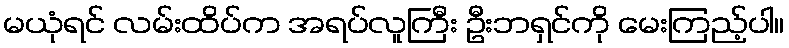
မယုံရင် လမ်းထိပ်က အရပ်လူကြီး ဦးဘရှင်ကို မေးကြည့်ပါ။